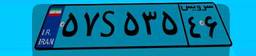
۰۹S۶۱۸۳۳